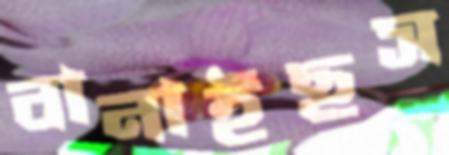
বানাইছস